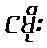
ငမိုး